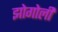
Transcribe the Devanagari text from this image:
झोगोली